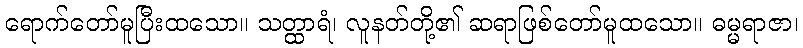
ရောက်တော်မူပြီးထသော။ သတ္ထာရံ၊ လူနတ်တို့၏ ဆရာဖြစ်တော်မူထသော။ ဓမ္မရာဇာ၊